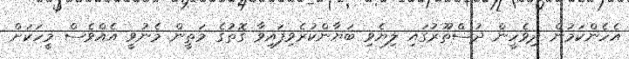
އެހެންކަމުން ދިވެހީން ދުސްތޫރުގައި ލިޔެވި ބަޔާންކުރެވިފައިވާ ގޮތުގެ މަތީން މެނުވީ އެއްވެސް މީހަކަށް